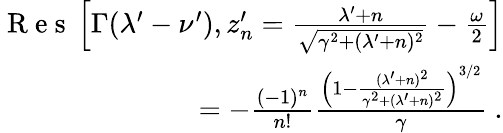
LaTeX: \begin{array}{r}{\mathrm{~R~e~s~}\left[\Gamma(\lambda^{\prime}-\nu^{\prime}),z_{n}^{\prime}=\frac{\lambda^{\prime}+n}{\sqrt{\gamma^{2}+(\lambda^{\prime}+n)^{2}}}-\frac{\omega}{2}\right]}\\ {=-\frac{(-1)^{n}}{n!}\frac{\left(1-\frac{(\lambda^{\prime}+n)^{2}}{\gamma^{2}+(\lambda^{\prime}+n)^{2}}\right)^{3/2}}{\gamma}~.}\end{array}